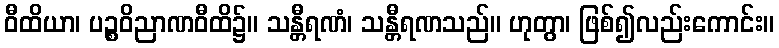
ဝီထိယာ၊ ပဉ္စဝိညာဏဝီထိ၌။ သန္တီရဏံ၊ သန္တီရဏသည်။ ဟုတွာ၊ ဖြစ်၍လည်းကောင်း။